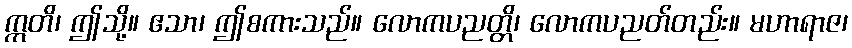
ဣတိ၊ ဤသို့။ ဧသာ၊ ဤစကားသည်။ လောကပညတ္တိ၊ လောကပညတ်တည်း။ မဟာရာဇ၊